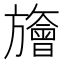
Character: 旝